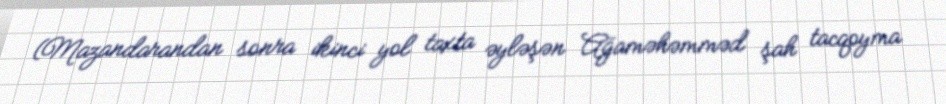
(Mazandarandan sonra ikinci yol taxta əyləşən Ağaməhəmməd şah tacqoyma